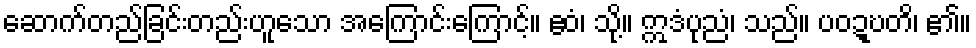
ဆောက်တည်ခြင်းတည်းဟူသော အကြောင်းကြောင့်။ ဧဝံ၊ သို့။ ဣဒံပုညံ၊ သည်။ ပဝဍ္ဎတိ၊ ၏။